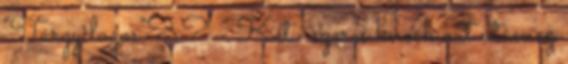
"Tárgyilagos"? ? - Két- szeres knock out után ez